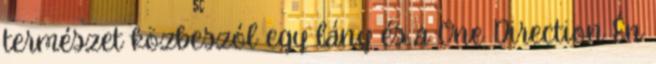
természet közbeszól egy lány és a One Direction Én